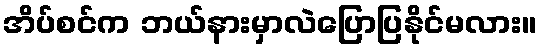
အိပ်စင်က ဘယ်နားမှာလဲပြောပြနိုင်မလား။